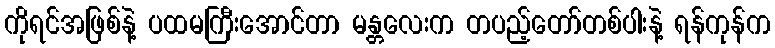
ကိုရင်အဖြစ်နဲ့ ပထမကြီးအောင်တာ မန္တလေးက တပည့်တော်တစ်ပါးနဲ့ ရန်ကုန်က